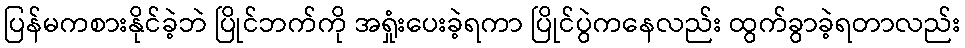
ပြန်မကစားနိုင်ခဲ့ဘဲ ပြိုင်ဘက်ကို အရှုံးပေးခဲ့ရကာ ပြိုင်ပွဲကနေလည်း ထွက်ခွာခဲ့ရတာလည်း